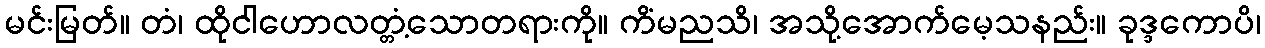
မင်းမြတ်။ တံ၊ ထိုငါဟောလတ္တံ့သောတရားကို။ ကိံမညသိ၊ အသို့အောက်မေ့သနည်း။ ခုဒ္ဒကောပိ၊